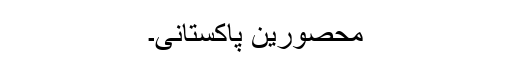
محصورین پاکستانی۔